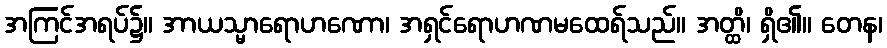
အကြင်အရပ်၌။ အာယသ္မာရောဟဏော၊ အရှင်ရောဟဏမထေရ်သည်။ အတ္ထိ၊ ရှိ၏။ တေန၊